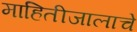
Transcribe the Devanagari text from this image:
माहितीजालाचे